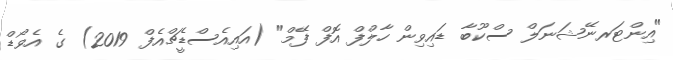
"އިންޓަރނޭޝަނަލް ސްކޫބާ ޑައިވިން ހާލްފް އޮފް ފޭމް" (އައިއެސްޑީެޗްއެފް 2019) ގެ އެވޯޑް